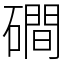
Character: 磵